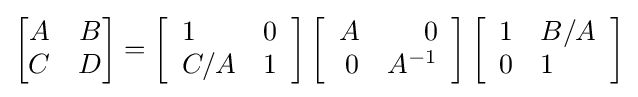
{\begin{bmatrix}A&B\\C&D\end{bmatrix}}=\left[{\begin{array}{ll}1&0\\C/A&1\end{array}}\right]\left[{\begin{array}{rr}A&0\\0&A^{-1}\end{array}}\right]\left[{\begin{array}{ll}1&B/A\\0&1\end{array}}\right]